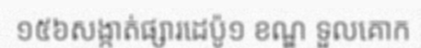
១៥៦សង្កាត់ផ្សារដេប៉ូ១ ខណ្ឌ ទួលគោក